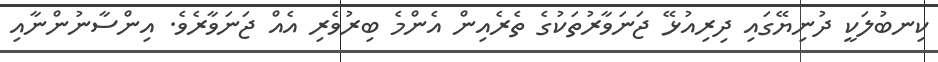
ކިނބުލަކީ ދުނިޔޭގައި ދިރިއުޅޭ ޖަނަވާރުތަކުގެ ތެރެއިން އެންމެ ބިރުވެރި އެއް ޖަނަވާރެވެ. އިންސާނުންނާއި